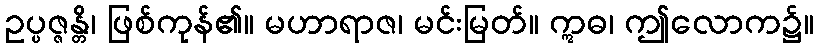
ဥပ္ပဇ္ဇန္တိ၊ ဖြစ်ကုန်၏။ မဟာရာဇ၊ မင်းမြတ်။ ဣဓ၊ ဤလောက၌။